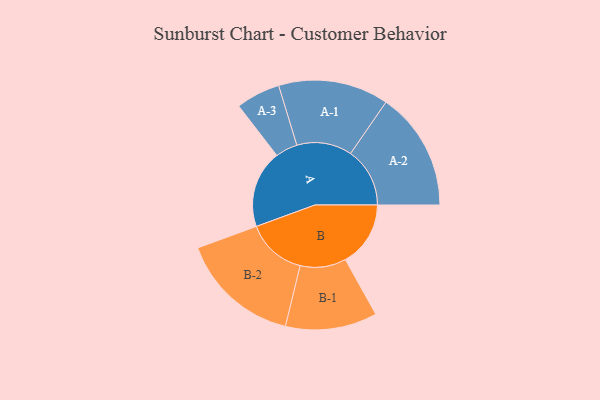
{"axis": {"x": "Segment", "y": "Value"}, "legend": ["", "A", "B"], "data": [{"x": "A", "y": 357, "type": ""}, {"x": "B", "y": 300, "type": ""}, {"x": "A-1", "y": 254, "type": "A"}, {"x": "A-2", "y": 273, "type": "A"}, {"x": "A-3", "y": 102, "type": "A"}, {"x": "B-1", "y": 211, "type": "B"}, {"x": "B-2", "y": 277, "type": "B"}]}